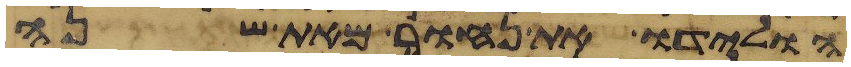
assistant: הולידו את נחור מאת שנה